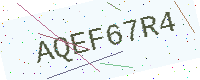
Text: AQEF67R4